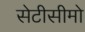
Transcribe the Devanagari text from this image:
सेटीसीमो